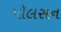
પૉલસન